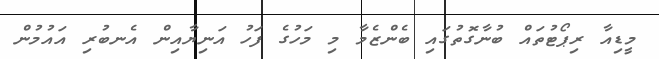
މީޑިއާ ރިޕޯޓުތައް ބުނާގޮތުގައި ބެންޒެމާ މި މަހުގެ ފަހު އަނިޔާއިން އެނބުރި އައުމުން